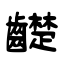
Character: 齼